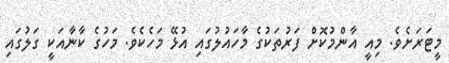
މީޓަރަށެވެ. މިއީ އާންމުކޮށް ފަރުތަކުގެ މާހައުލުގައި އުޅޭ މަހެކެވެ. މަހުގެ ކާނާއަކީ ގަލުގައި